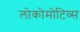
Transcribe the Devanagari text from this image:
लोकोमोटिव्स